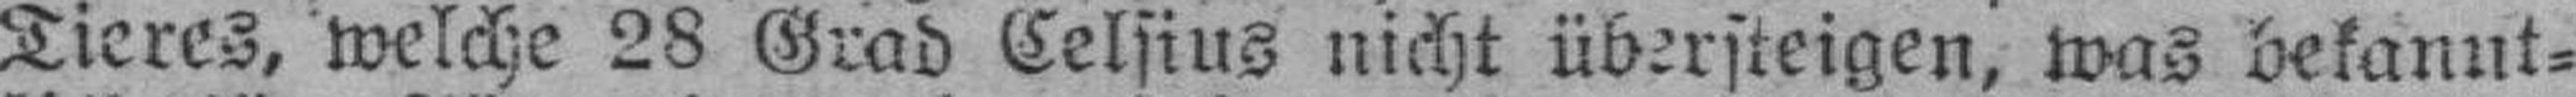
Tieres, welche 28 Grad Celsius nicht übersteigen, was bekannt¬